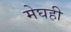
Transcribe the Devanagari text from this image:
मेघही